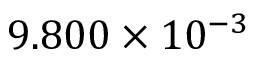
9 . 8 0 0 \times 1 0 ^ { - 3 }